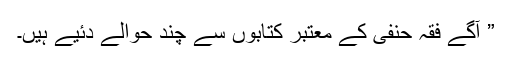
” آگے فقہ حنفی کے معتبر کتابوں سے چند حوالے دئیے ہیں۔